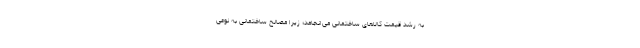
به رشد قیمت کالاهای ساختمانی می‌انجامد؛ زیرا مصالح ساختمانی به نوعی